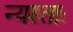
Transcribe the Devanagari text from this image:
न्यस्ताः